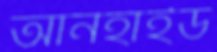
আনহাইড